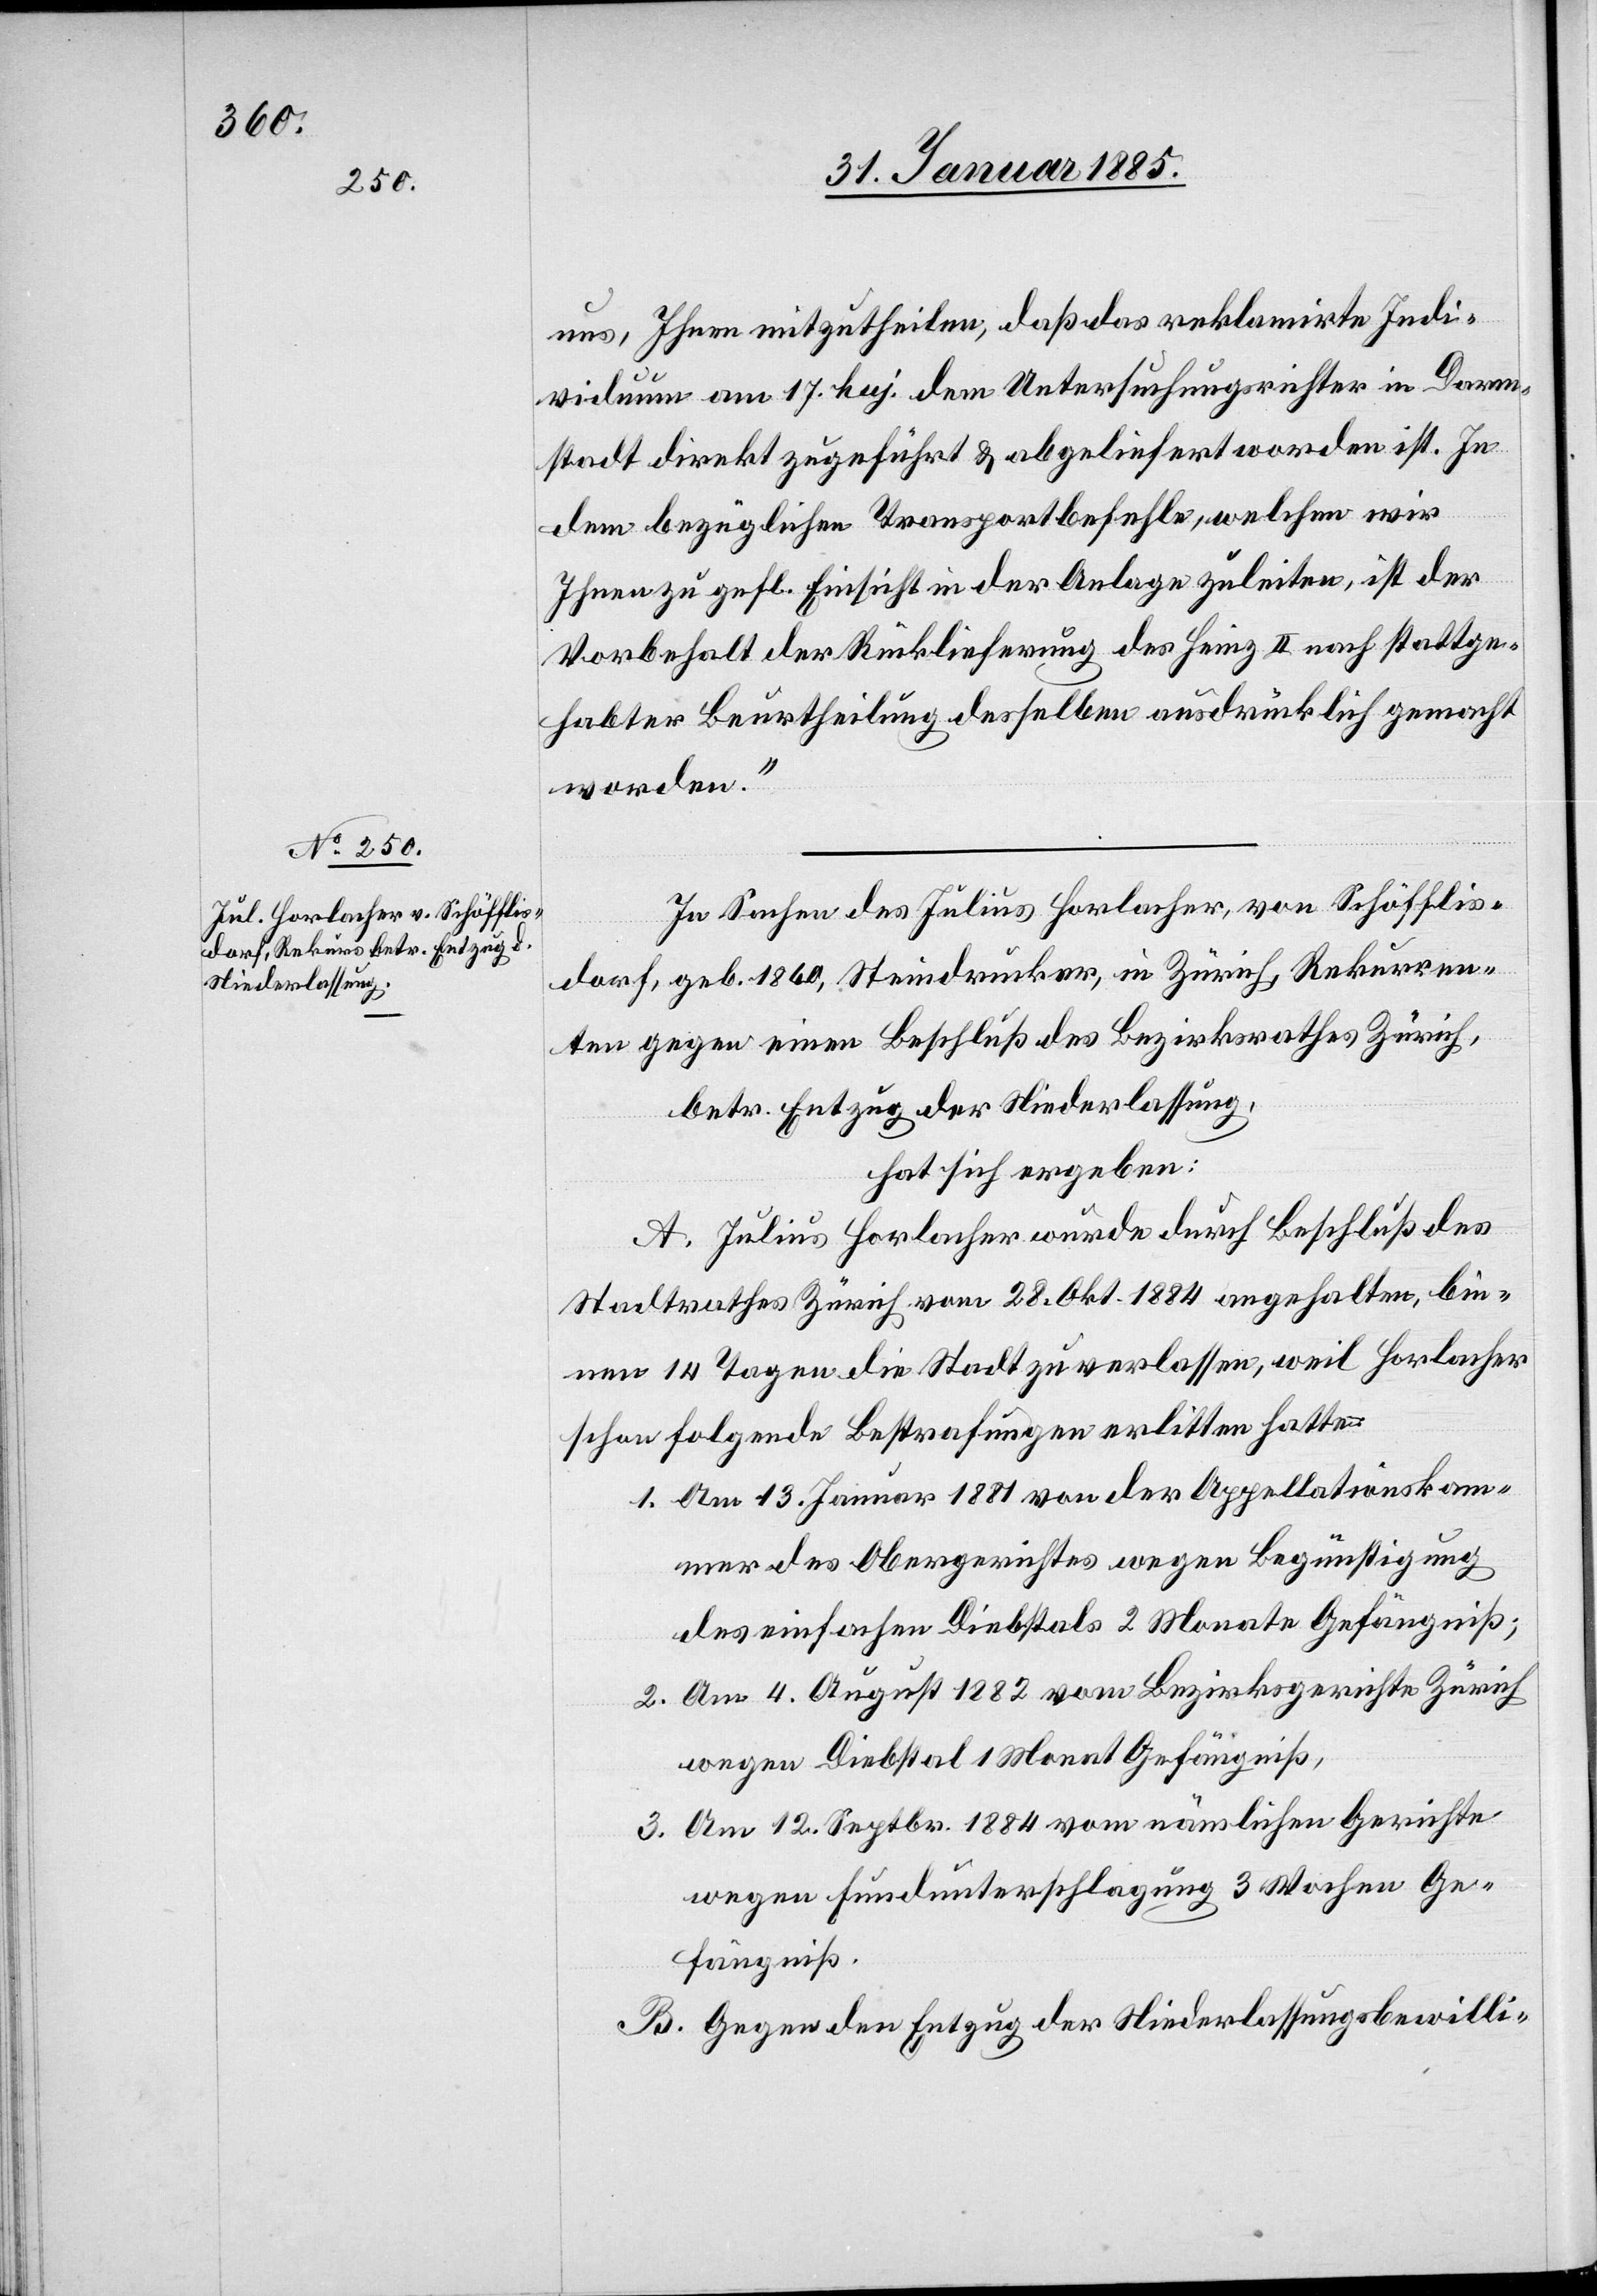
Niederlassung,

uns, Ihnen mitzutheilen, das das reklamirte Indi¬
viduum am 17. huj. dem Untersuchungsrichter in Darm¬
stadt direkt zugeführt & abgeliefert worden ist. In
dem bezüglichen Transportbefehle, welchen wir
Ihnen zu gefl. Einsicht in der Anlage zuleiten, ist der
Vorbehalt der Rücklieferung des Heinz II nach stattge¬
habter Beurtheilung desselben ausdrücklich gemacht
worden.“
In Sachen des Julius Horlacher, von Schöfflis¬
dorf, geb. 1860, Steindrucker, in Zürich, Rekurren¬
ten gegen einen Beschluß des Bezirksrathes Zürich
hat sich ergeben:
A. Julius Horlacher wurde durch Beschluß des
Stadtrathes Zürich vom 28. Okt. 1884 angehalten, bin¬
nen 14. Tagen die Stadt zu verlassen, weil Horlacher
schon folgende Bestrafungen erlitten hatte:
1. Am 13. Januar 1881 von der Appellationskam¬
mer des Obergerichtes wegen Begünstigung
des einfachen Diebstahls 2 Monate Gefängniß;
2. Am 4. August 1882 vom Bezirksgerichte Zürich
wegen Diebstahl 1 Monat Gefängniß,
3. Am 12. Septbr. 1884 vom nämlichen Gerichte
wegen Fundunterschlagung 3 Wochen Ge¬
fängniß.
B. Gegen den Entzug der Niederlassungsbewilli-